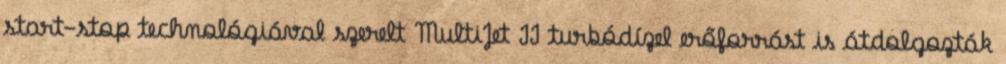
start-stop technológiával szerelt MultiJet II turbódízel erőforrást is átdolgozták